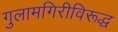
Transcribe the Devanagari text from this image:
गुलामगिरीविरूद्ध